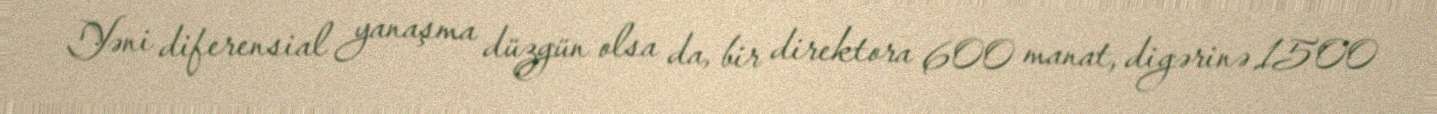
Yəni diferensial yanaşma düzgün olsa da, bir direktora 600 manat, digərinə 1500